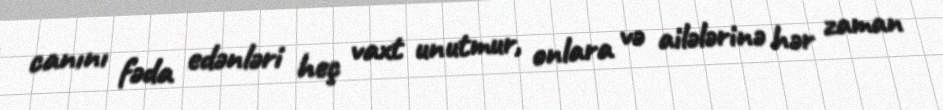
canını fəda edənləri heç vaxt unutmur, onlara və ailələrinə hər zaman